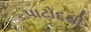
પાટોદથી